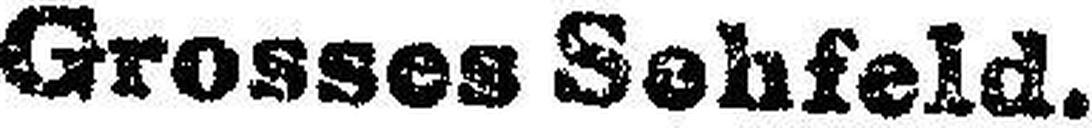
Grosses Sehfeld.